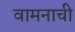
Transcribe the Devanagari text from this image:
वामनाची